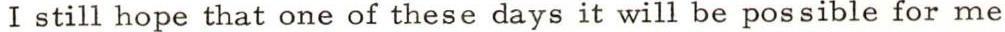
I still hope that one of these days it will be possible for me